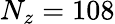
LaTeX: N_{z}=108